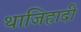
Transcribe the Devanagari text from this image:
थाजिहादी